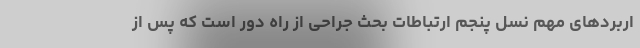
اربردهای مهم نسل پنجم ارتباطات بحث جراحی از راه دور است که پس از